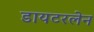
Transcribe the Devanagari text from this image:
डायटरलेन